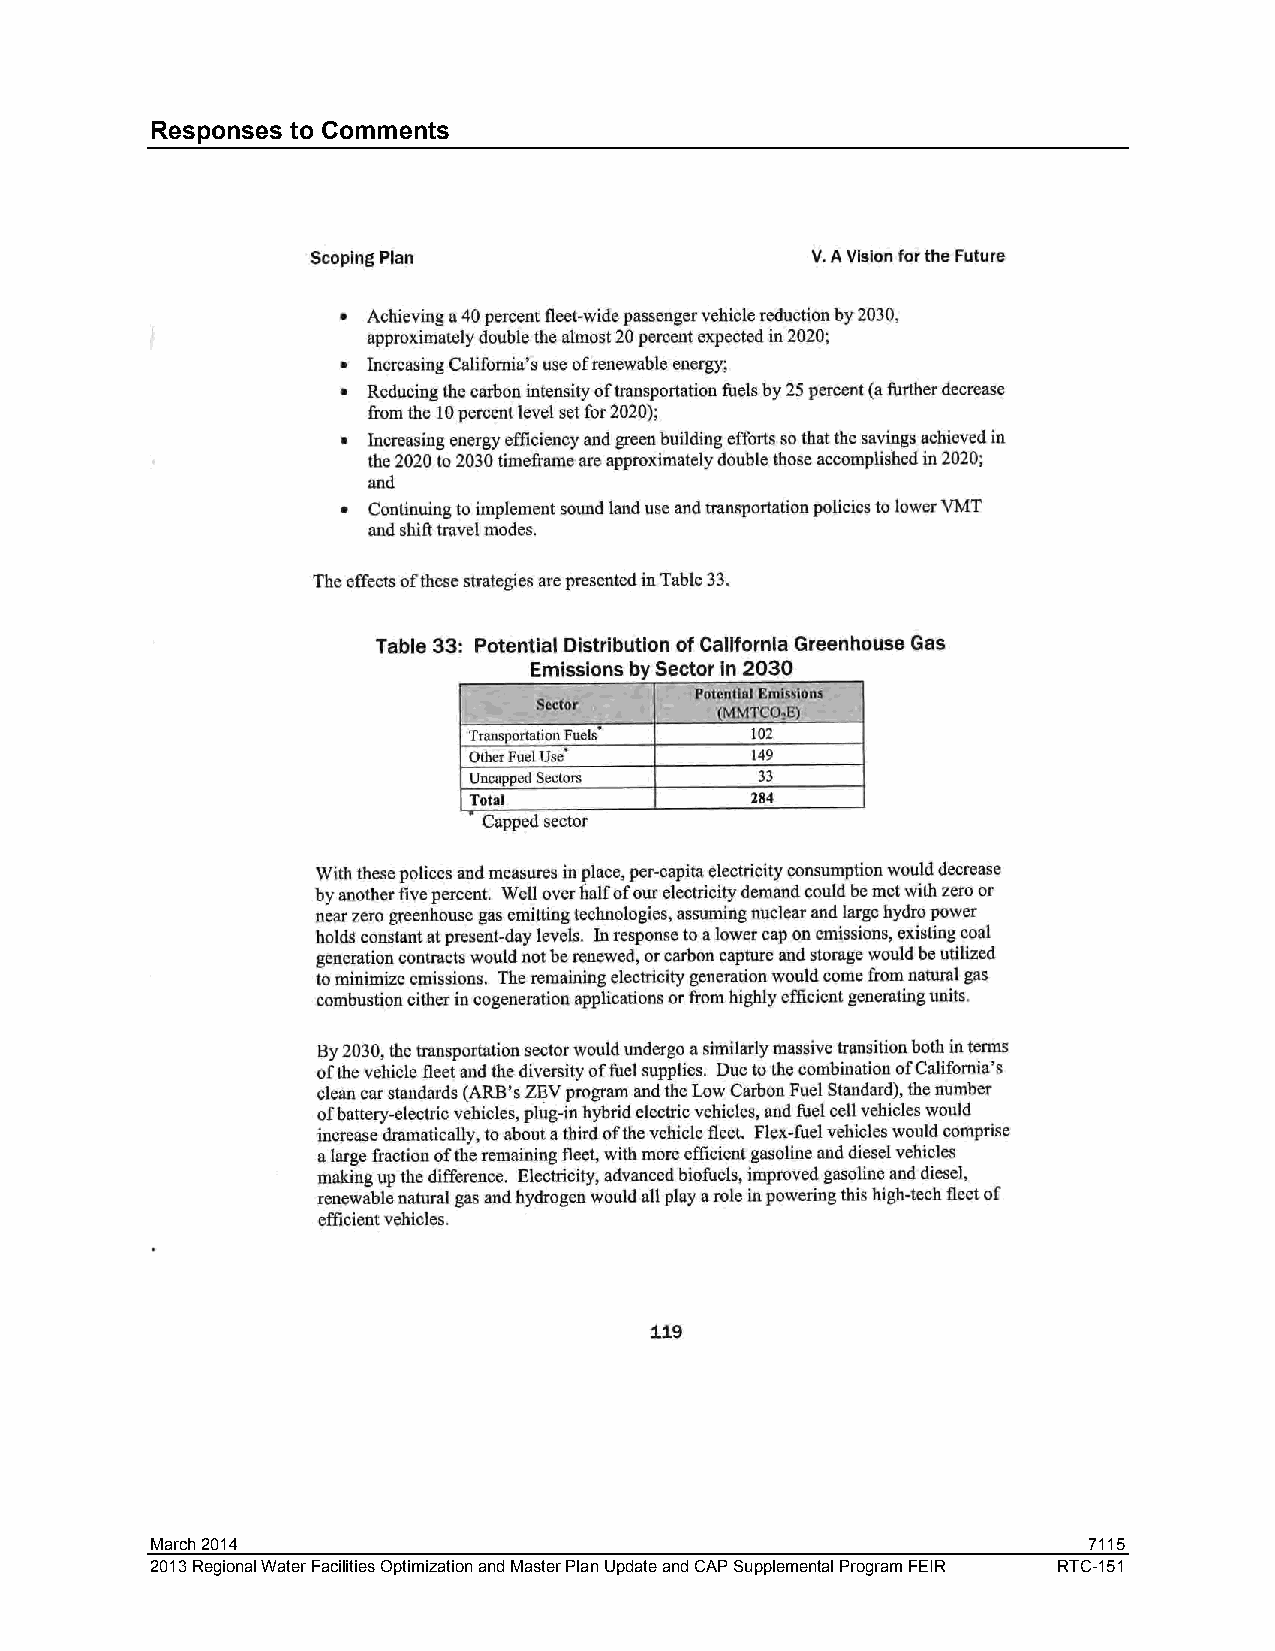
Responses to Comments
 March 2014                                                    7115
 2013 Regional Water Facilities Optimization and Master Plan Update and CAP Supplemental Program FEIR RTC-151